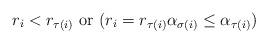
LaTeX: \begin{align*}r_i<r_{\tau(i)} \textrm{ or } ( r_i=r_{\tau(i)} \alpha_{\sigma(i)}\leq \alpha_{\tau(i)} )\end{align*}